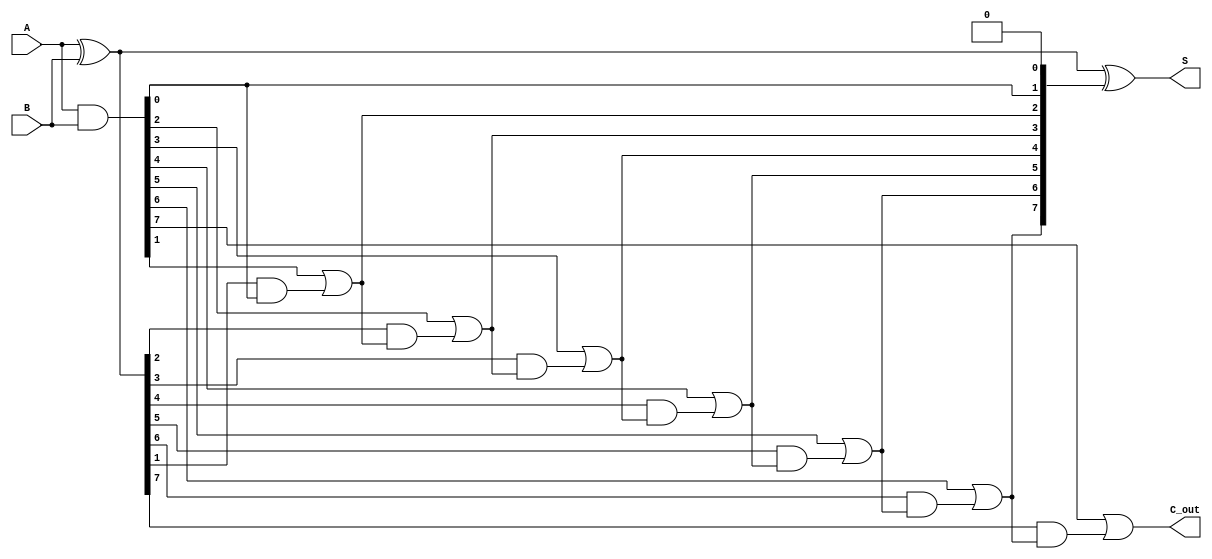
module KoggeStoneAdder #(parameter n = 8) (
    input  wire [n-1:0] A,
    input  wire [n-1:0] B,
    output wire [n-1:0] S,
    output wire C_out
);
    // Generate and Propagate signals
    wire [n-1:0] G; // Generate
    wire [n-1:0] P; // Propagate
    wire [n:0] C; // Carry signals

    assign G = A & B;            // Generate signal
    assign P = A ^ B;            // Propagate signal
    assign C[0] = 1'b0;          // Initial carry is 0

    genvar i, j;
    
    // Calculate carry signals using Kogge-Stone structure
    generate
        for (i = 0; i < n; i = i + 1) begin: carry_stage
            if (i == 0)
                assign C[i + 1] = G[i] | (P[i] & C[0]); // Level 1
            else begin
                for (j = 0; j <= i; j = j + 1) begin: carry_compute
                    if (j == 0)
                        assign C[i + 1] = G[i] | (P[i] & C[i]);
                    else begin
                        assign C[j + 1] = G[j] | (P[j] & C[j]);
                    end
                end
            end
        end
    endgenerate

    // Sum calculation
    assign S = P ^ C[n-1:0];      // Sum bits S[i] = P[i] ^ C[i]

    // Final carry out
    assign C_out = C[n];

endmodule